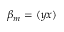
\beta _ { m } = ( y x )